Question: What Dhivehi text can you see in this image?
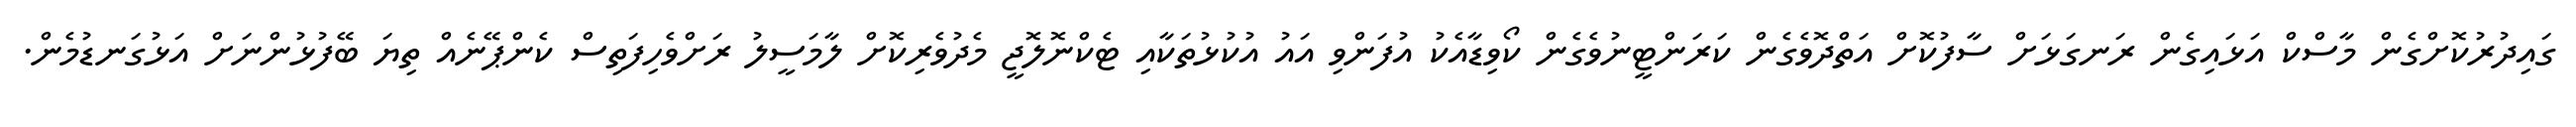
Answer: ގައިދުރުކޮށްގެން މާސްކް އަޅައިގެން ރަނގަޅަށް ސާފުކޮށް އަތްދޮވެގެން ކަރަންޓީނުވެގެން ކޯވިޑާއެކު އުފަންވި އައު އުކުޅުތަކާއި ޓެކްނޮލޮޖީ މެދުވެރިކޮށް ލާމަސީލު ރަށްވެހިފަތިސް ކެންޕޭނެއް ތިޔަ ބޭފުޅުންނަށް އަޅުގަނޑުމެން.